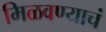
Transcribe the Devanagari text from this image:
मिळवण्याचं